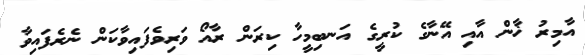
އާމިރު ޚާން އާއި އޭނާގެ ކުރީގެ އަނބިމީހާ ކިރަން ރާއޯ ވަރިވެފައިވާކަން ނެރެފައިވާ